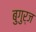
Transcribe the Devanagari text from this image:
बुगुर्ज